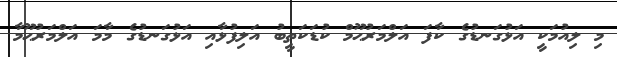
މި ލިއުމަކީ އަޅުގަނޑުގެ ކާފަ އަލްމަރުޙޫމް ކުޑަކަތީބު އަލިފުޅާއި އަޅުގަނޑުގެ މާމަ އަލްމަރުޙޫމާ